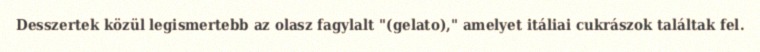
Desszertek közül legismertebb az olasz fagylalt "(gelato)," amelyet itáliai cukrászok találtak fel.